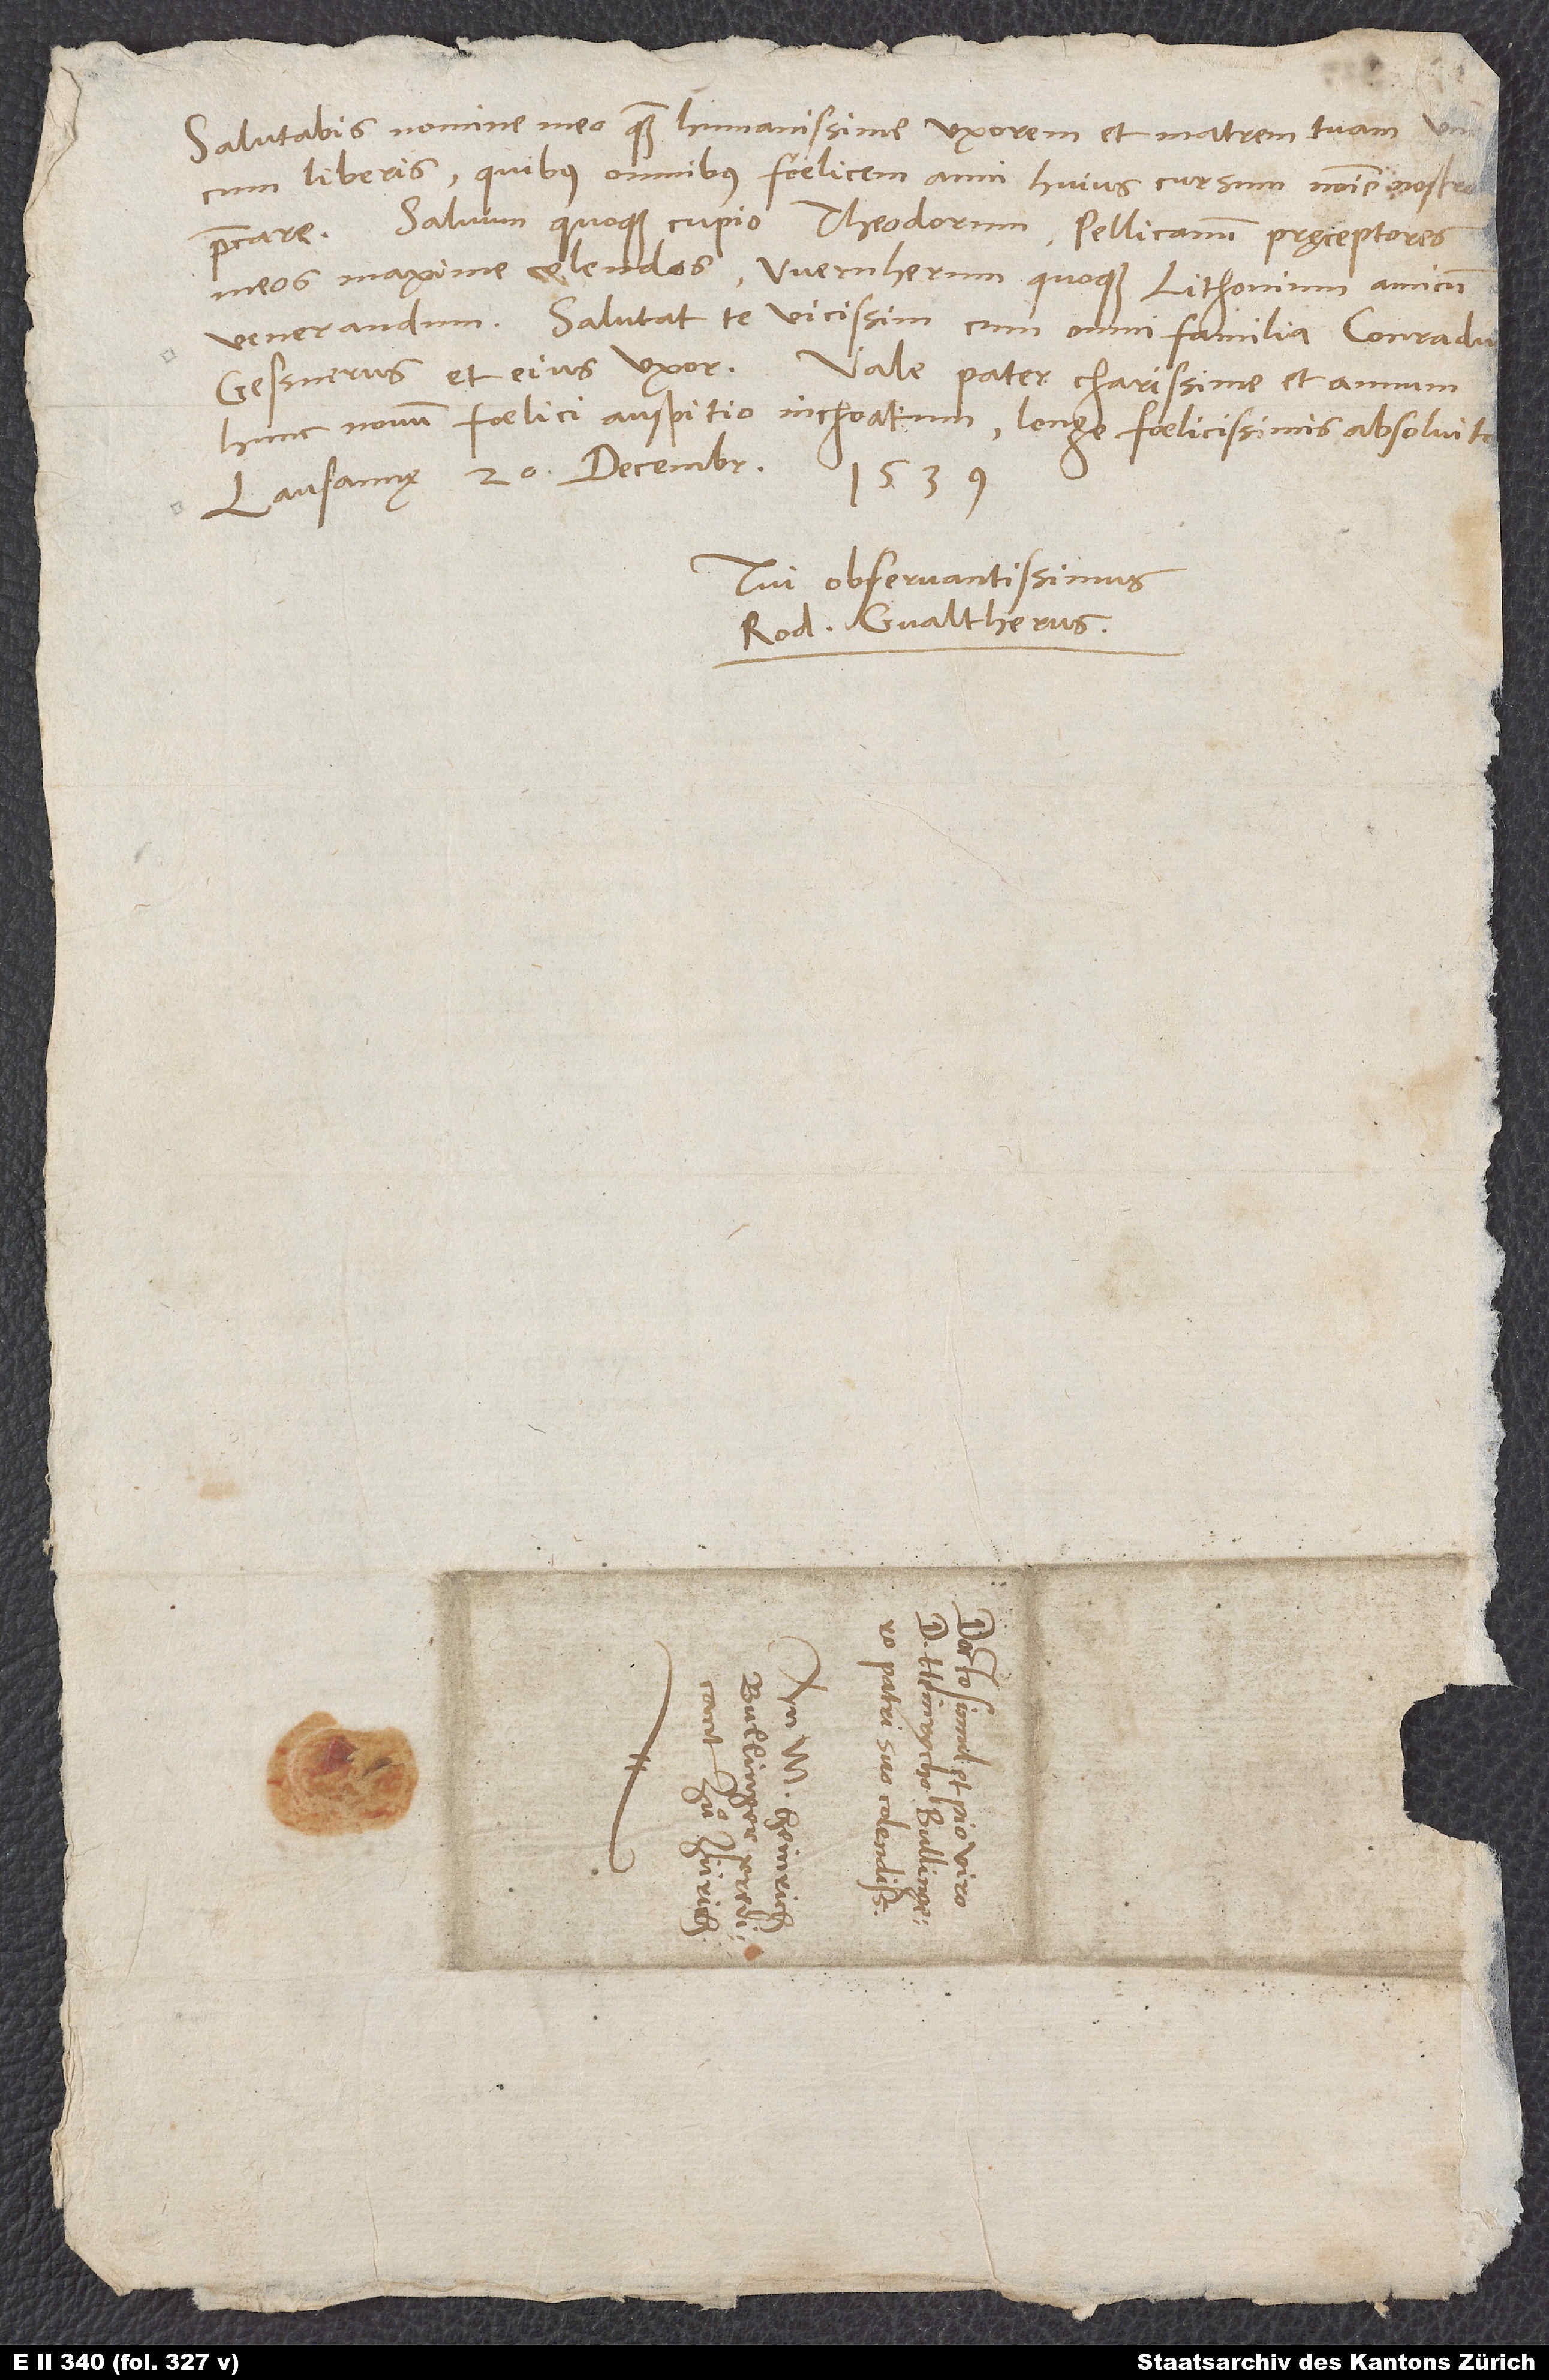
Salutabis nomine meo quam humanissime uxorem et matrem tuam una
cum liberis, quibus omnibus foelicem anni huius cursum nomine nostro
precare. Salvum quoque cupio Theodorum, Pellicanum, pręceptores
meos maxime colendos, Wernherum quoque Lithonium, amicum
venerandum. Salutat te vicissim cum omni familia Conradus
Gessnerus et eius uxor. Vale, pater charissime, et annum
hunc novum foelici auspitio inchoatum longe foelicissimis absolvito.
Lausannę, 20. decembris
1539.
Tui observantissimus
Rod. Gvaltherus.